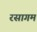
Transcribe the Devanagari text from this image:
रसागम